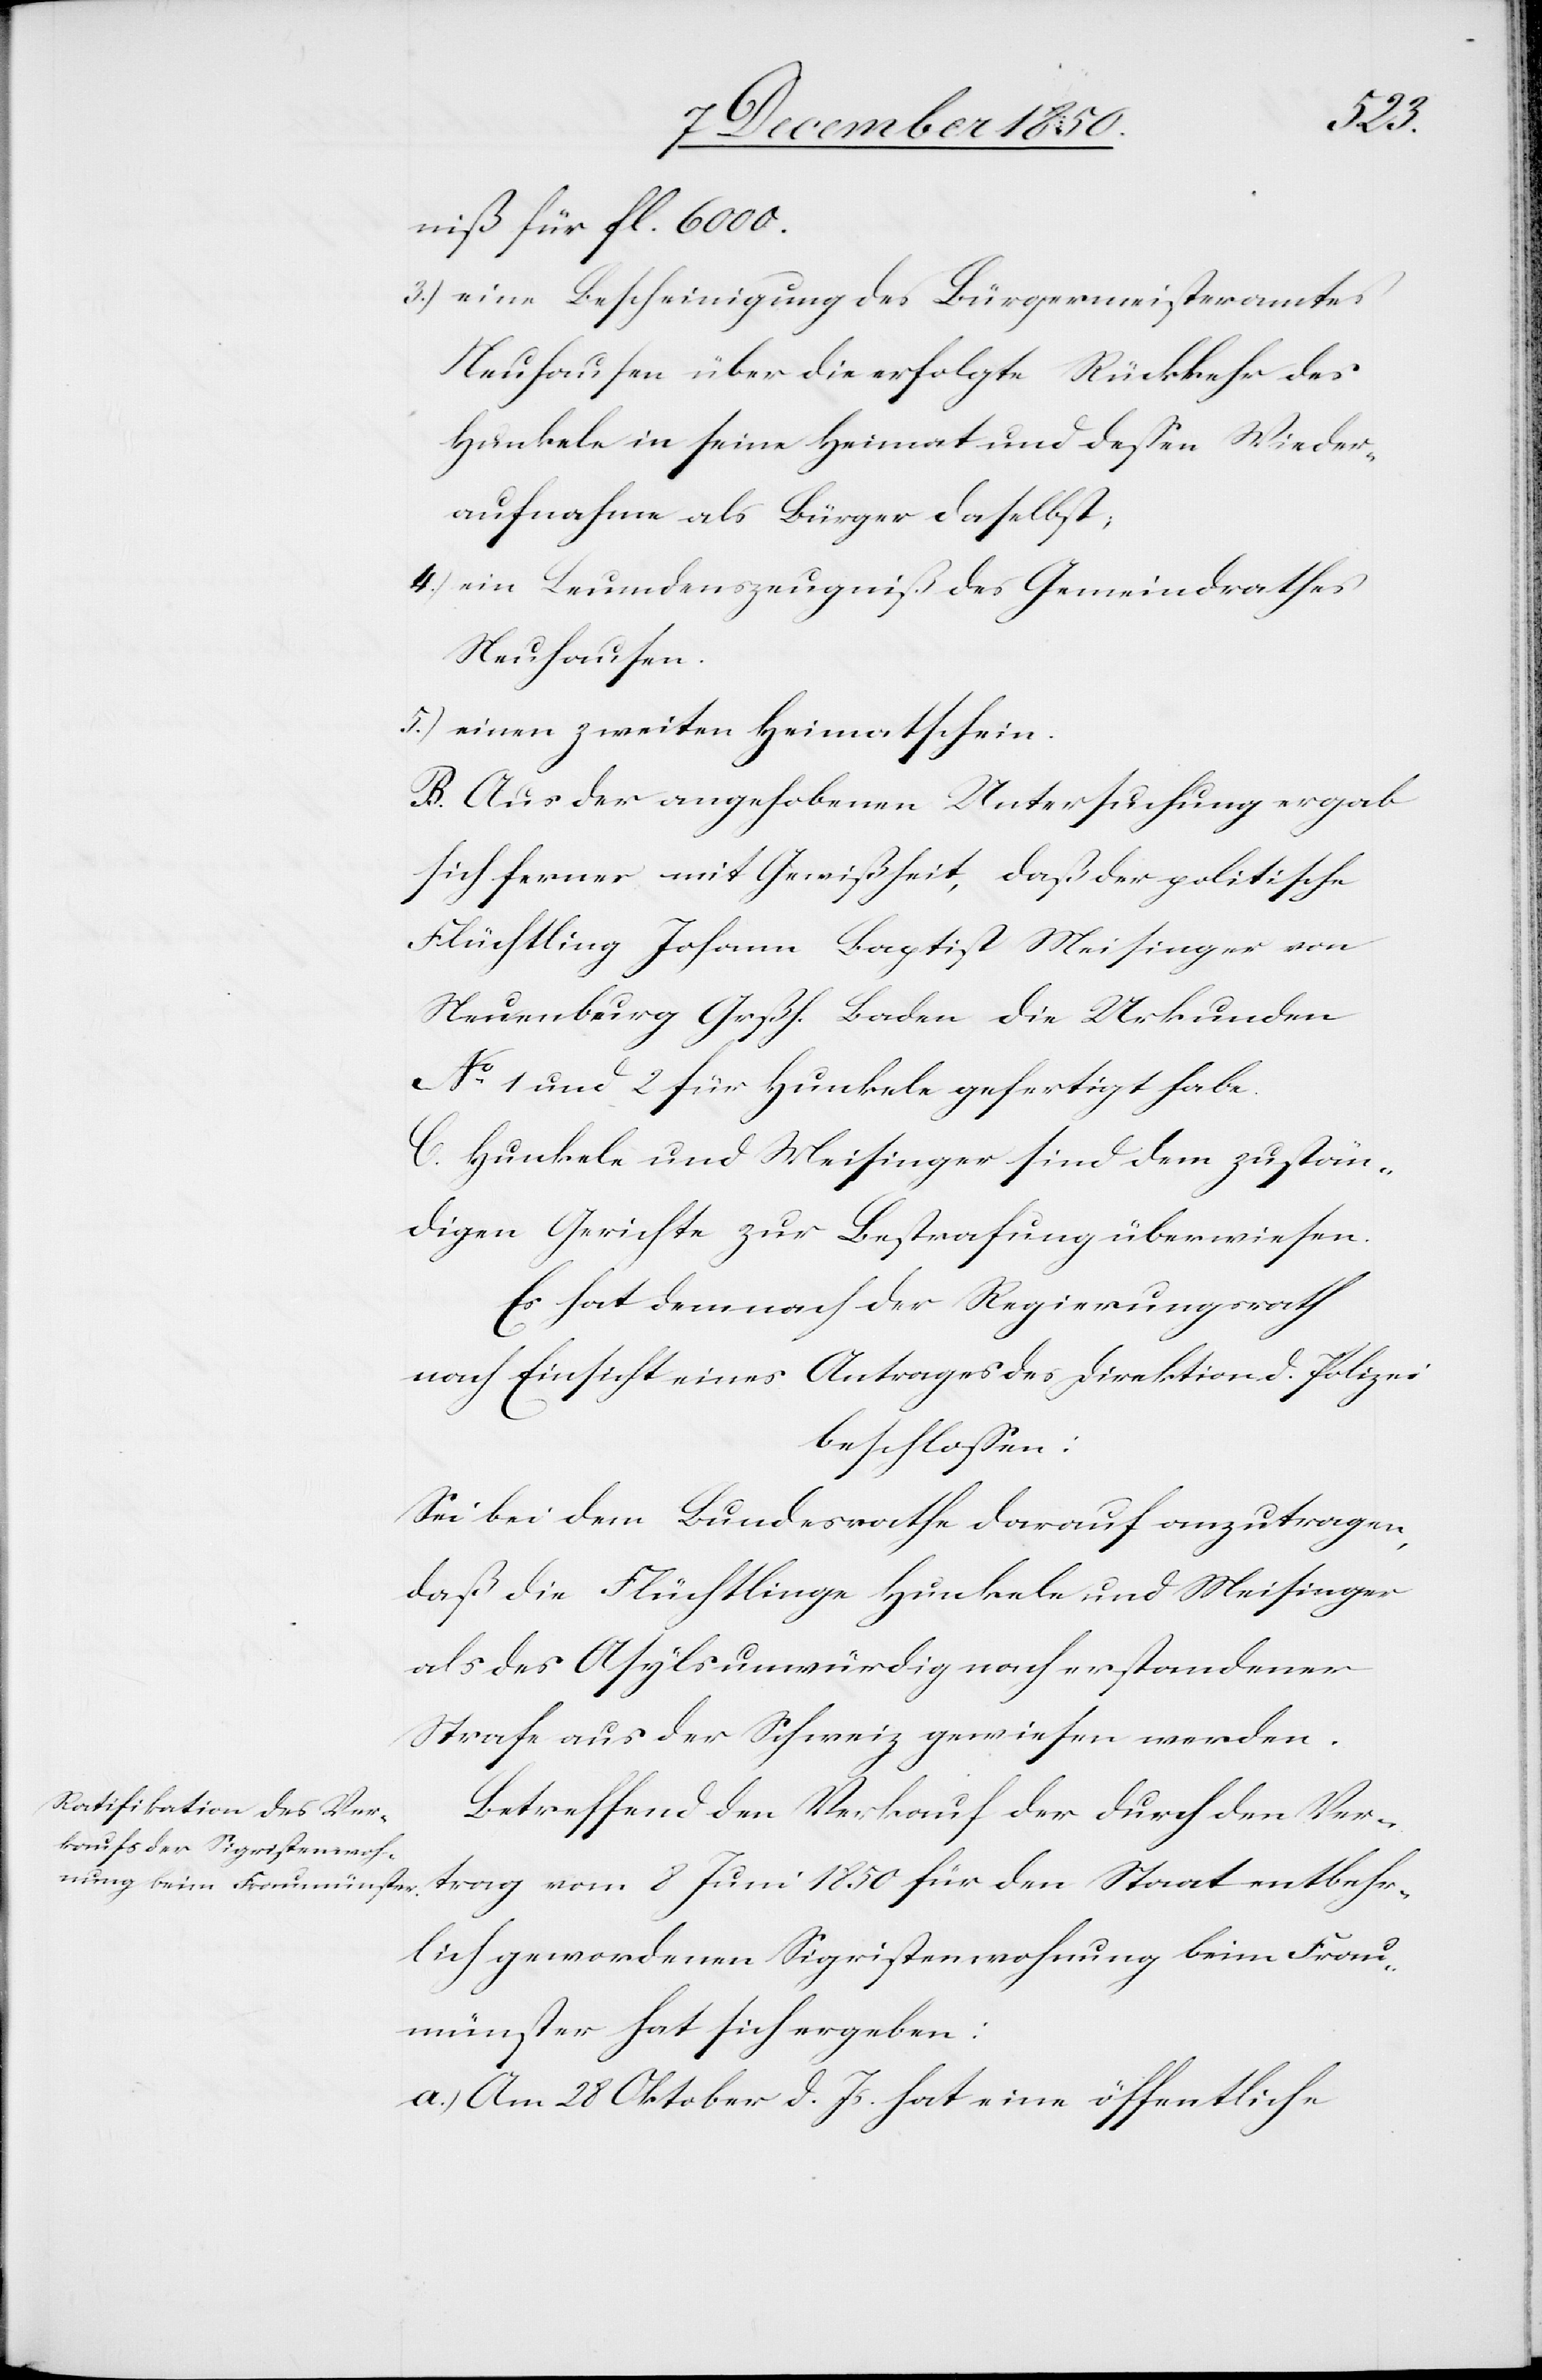
niß für fl. 6000.
3.) eine Bescheinigung des Bürgermeisteramtes
Neuhausen über die erfolgte Rückkehr des
Hunkele in seine Heimat und dessen Wieder¬
aufnahme als Bürger daselbst;
4.) ein Leumdenszeugniß des Gemeindrathes
Neuhausen.
5.) einen zweiten Heimatschein.
B. Aus der angehobenen Untersuchung ergab
sich ferner mit Gewißheit, daß der politische
Flüchtling Johann Baptist Meisinger von
Neuenburg Grßh. Baden die Urkunden
No 1 und 2 für Hunkele gefertigt habe.
C. Hunkele und Meisinger sind dem zustän¬
digen Gerichte zur Bestrafung überwiesen.
Es hat demnach der Regierungsrath
nach Einsicht eines Antrages des [sic!] Direktion d. Polizei
beschlossen:
Sei bei dem Bundesrathe darauf anzutragen,
daß die Flüchtlinge Hunkele und Meisinger
als des Asyls unwürdig nach erstandener
Strafe aus der Schweiz gewiesen werden.
Betreffend den Verkauf der durch den Ver¬
trag vom 8 Juni 1850 für den Staat entbehr¬
lich gewordenen Sigristenwohnung beim Frau¬
münster hat sich ergeben:
a.) Am 28 Oktober d. Js. hat eine öffentliche